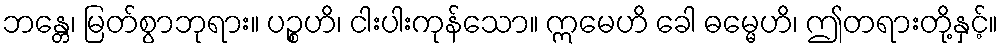
ဘန္တေ၊ မြတ်စွာဘုရား။ ပဉ္စဟိ၊ ငါးပါးကုန်သော။ ဣမေဟိ ခေါ ဓမ္မေဟိ၊ ဤတရားတို့နှင့်။